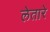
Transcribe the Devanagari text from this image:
लेतारे